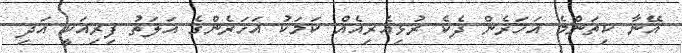
އޭނާ ކިތަންމެ އަހަރެން ދެކެ ރުޅިއެރިއެއް ކަމަކު އަހަރެންގެ އަލަތު ފިރިއަކީ އަދި